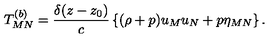
T _ { M N } ^ { ( b ) } = { \frac { \delta ( z - z _ { 0 } ) } { c } } \left\{ ( \rho + p ) u _ { M } u _ { N } + p \eta _ { M N } \right\} .